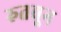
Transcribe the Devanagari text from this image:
रुतवून